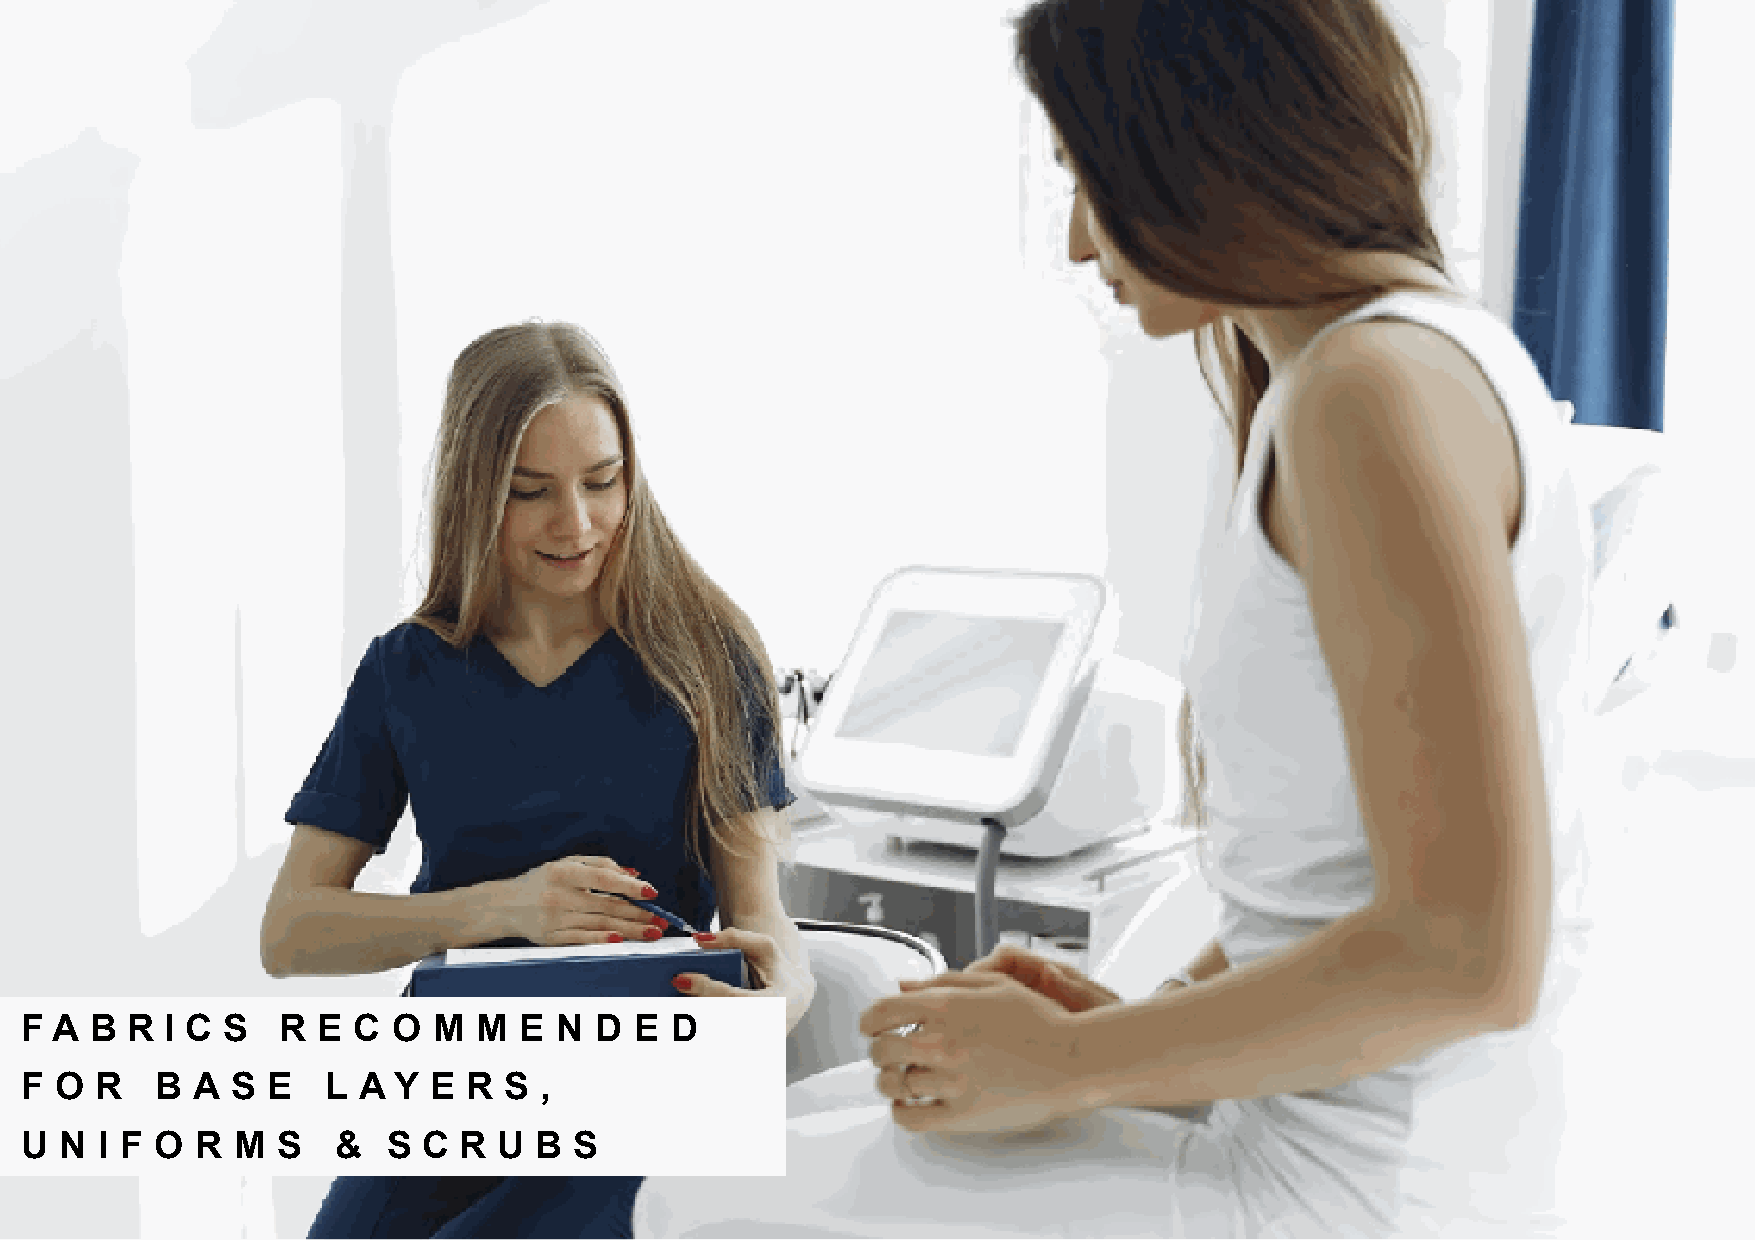
F A  B R  I C S  R  E C  O  M  M E  N D  E D
 F  O R   B  A S  E   L A Y E  R S  ,
 U  N  I F O R M  S   &   S C R  U B  S